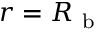
r = R _ { \mathrm { ~ b ~ } }